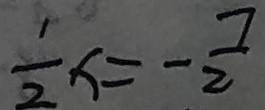
\frac { 1 } { 2 } x = - \frac { 7 } { 2 }